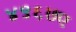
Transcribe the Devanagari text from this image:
४९६७ए